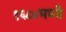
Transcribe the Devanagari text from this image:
१६८४मध्ये